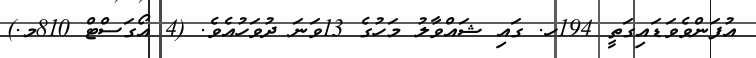
އުފަންވެވަޑައިގަތީ 194ހ. ގައި ޝައްވާލު މަހުގެ 13ވަނަ ދުވަހުއެވެ. (4 އޯގަސްޓް 810މ.)